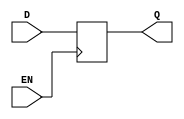
module data_enable_latch (
    input wire D,
    input wire EN,
    output reg Q
);

always @(posedge EN)
begin
    if (EN)
        Q <= D;
end

endmodule